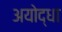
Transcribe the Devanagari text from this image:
अयोद्धा